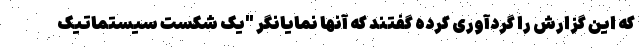
که این گزارش را گردآوری کرده گفتند که آنها نمایانگر "یک شکست سیستماتیک